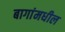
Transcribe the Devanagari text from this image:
बागांमधील